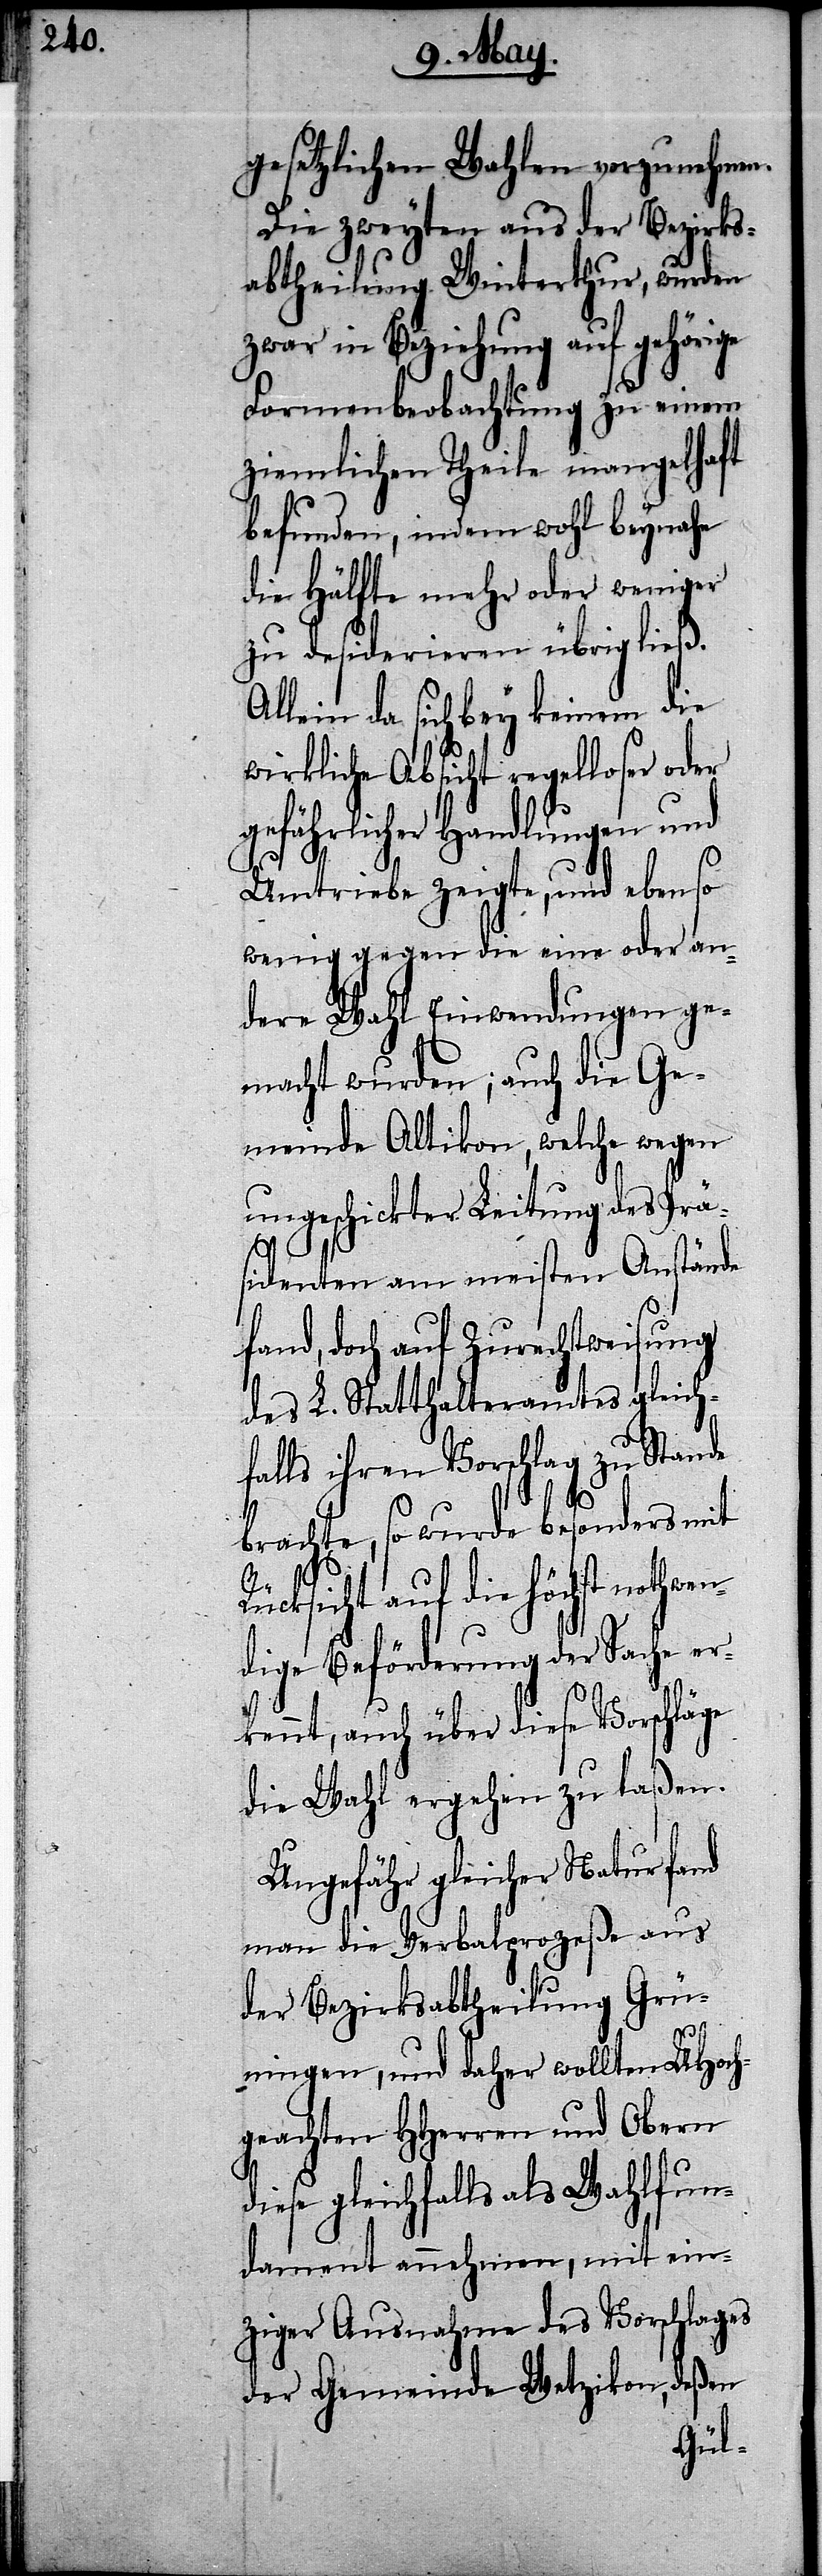
gesetzlichen Wahlen vorzunehmen.
Die zweyten aus der Bezirks¬
abtheilung Winterthur, wurden
zwar in Beziehung auf gehörige
Formenbeobachtung zu einem
ziemlichen Theile mangelhaft
befunden, indem wohl beynahe
die Hälfte mehr oder weniger
zu desiderieren übrig ließ.
Allein da sich bey keinem die
wirkliche Absicht regelloser oder
gefährlicher Handlungen und
Umtriebe zeigte, und ebenso
wenig gegen die eine oder an¬
dere Wahl Einwendungen ge¬
macht wurden; auch die Ge¬
meinde Altikon, welche wegen
ungeschickter Leitung des Prä¬
sidenten am meisten Anstände
fand, doch auf Zurechtweisung
des L. Statthalteramtes gleich¬
falls ihren Vorschlag zu Stande
wen¬
brachte, so wurde besonders mit
Rücksicht auf die höchst noth¬
dige Beförderung der Sache er¬
kennt, auch über diese Vorschläge
die Wahl ergehen zu laßen.
Ungefähr gleicher Natur fand
man die Verbalprozeße aus
der Bezirksabtheilung Grü¬
ningen, und daher wollten UHoch¬
geachten HHerren und Obern
diese gleichfalls als Wahlfun¬
dament annehmen, mit ein¬
ziger Ausnahme des Vorschlages
der Gemeinde Wetzikon, deßen